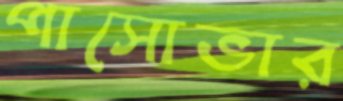
পাসোভার